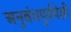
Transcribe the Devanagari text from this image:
अनुबंधपूर्वपेशी